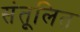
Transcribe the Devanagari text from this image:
संतूलित